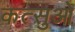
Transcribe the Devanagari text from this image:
कत्सुओ